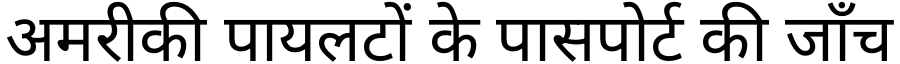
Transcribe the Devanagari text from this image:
अमरीकी पायलटों के पासपोर्ट की जाँच